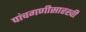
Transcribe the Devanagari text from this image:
पांचगणीसारखी